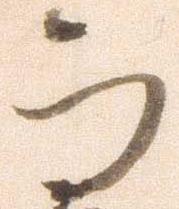
而